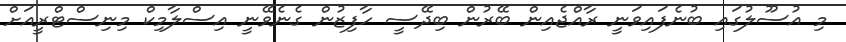
މި އުސޫލުގައި ބުނެފައިވަނީ ރާއްޖެއިން ބޭރުން ބިދޭސީ ހާފިޒުން ގެނެވޭނީ އިސްލާމިކް މިނިސްޓްރީއަށް